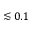
\lesssim 0 . 1